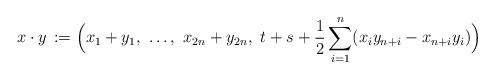
LaTeX: \begin{align*} x\cdot y\, := \Big(x_1+y_1,\ \dots,\ x_{2n}+y_{2n},\ t+s+\frac{1}{2}\sum_{i=1}^n (x_iy_{n+i}-x_{n+i}y_i)\Big)\end{align*}